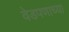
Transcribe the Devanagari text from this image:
वेडपणाच्या